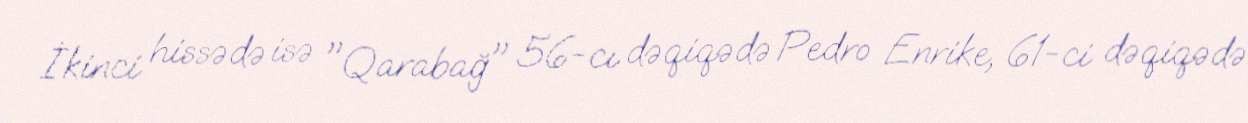
İkinci hissədə isə "Qarabağ" 56-cı dəqiqədə Pedro Enrike, 61-ci dəqiqədə